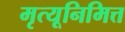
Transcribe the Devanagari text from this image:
मृत्यूनिमित्त